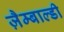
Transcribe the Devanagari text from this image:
ज़ैम्बाल्डी